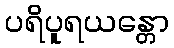
ပရိပူရယန္တော